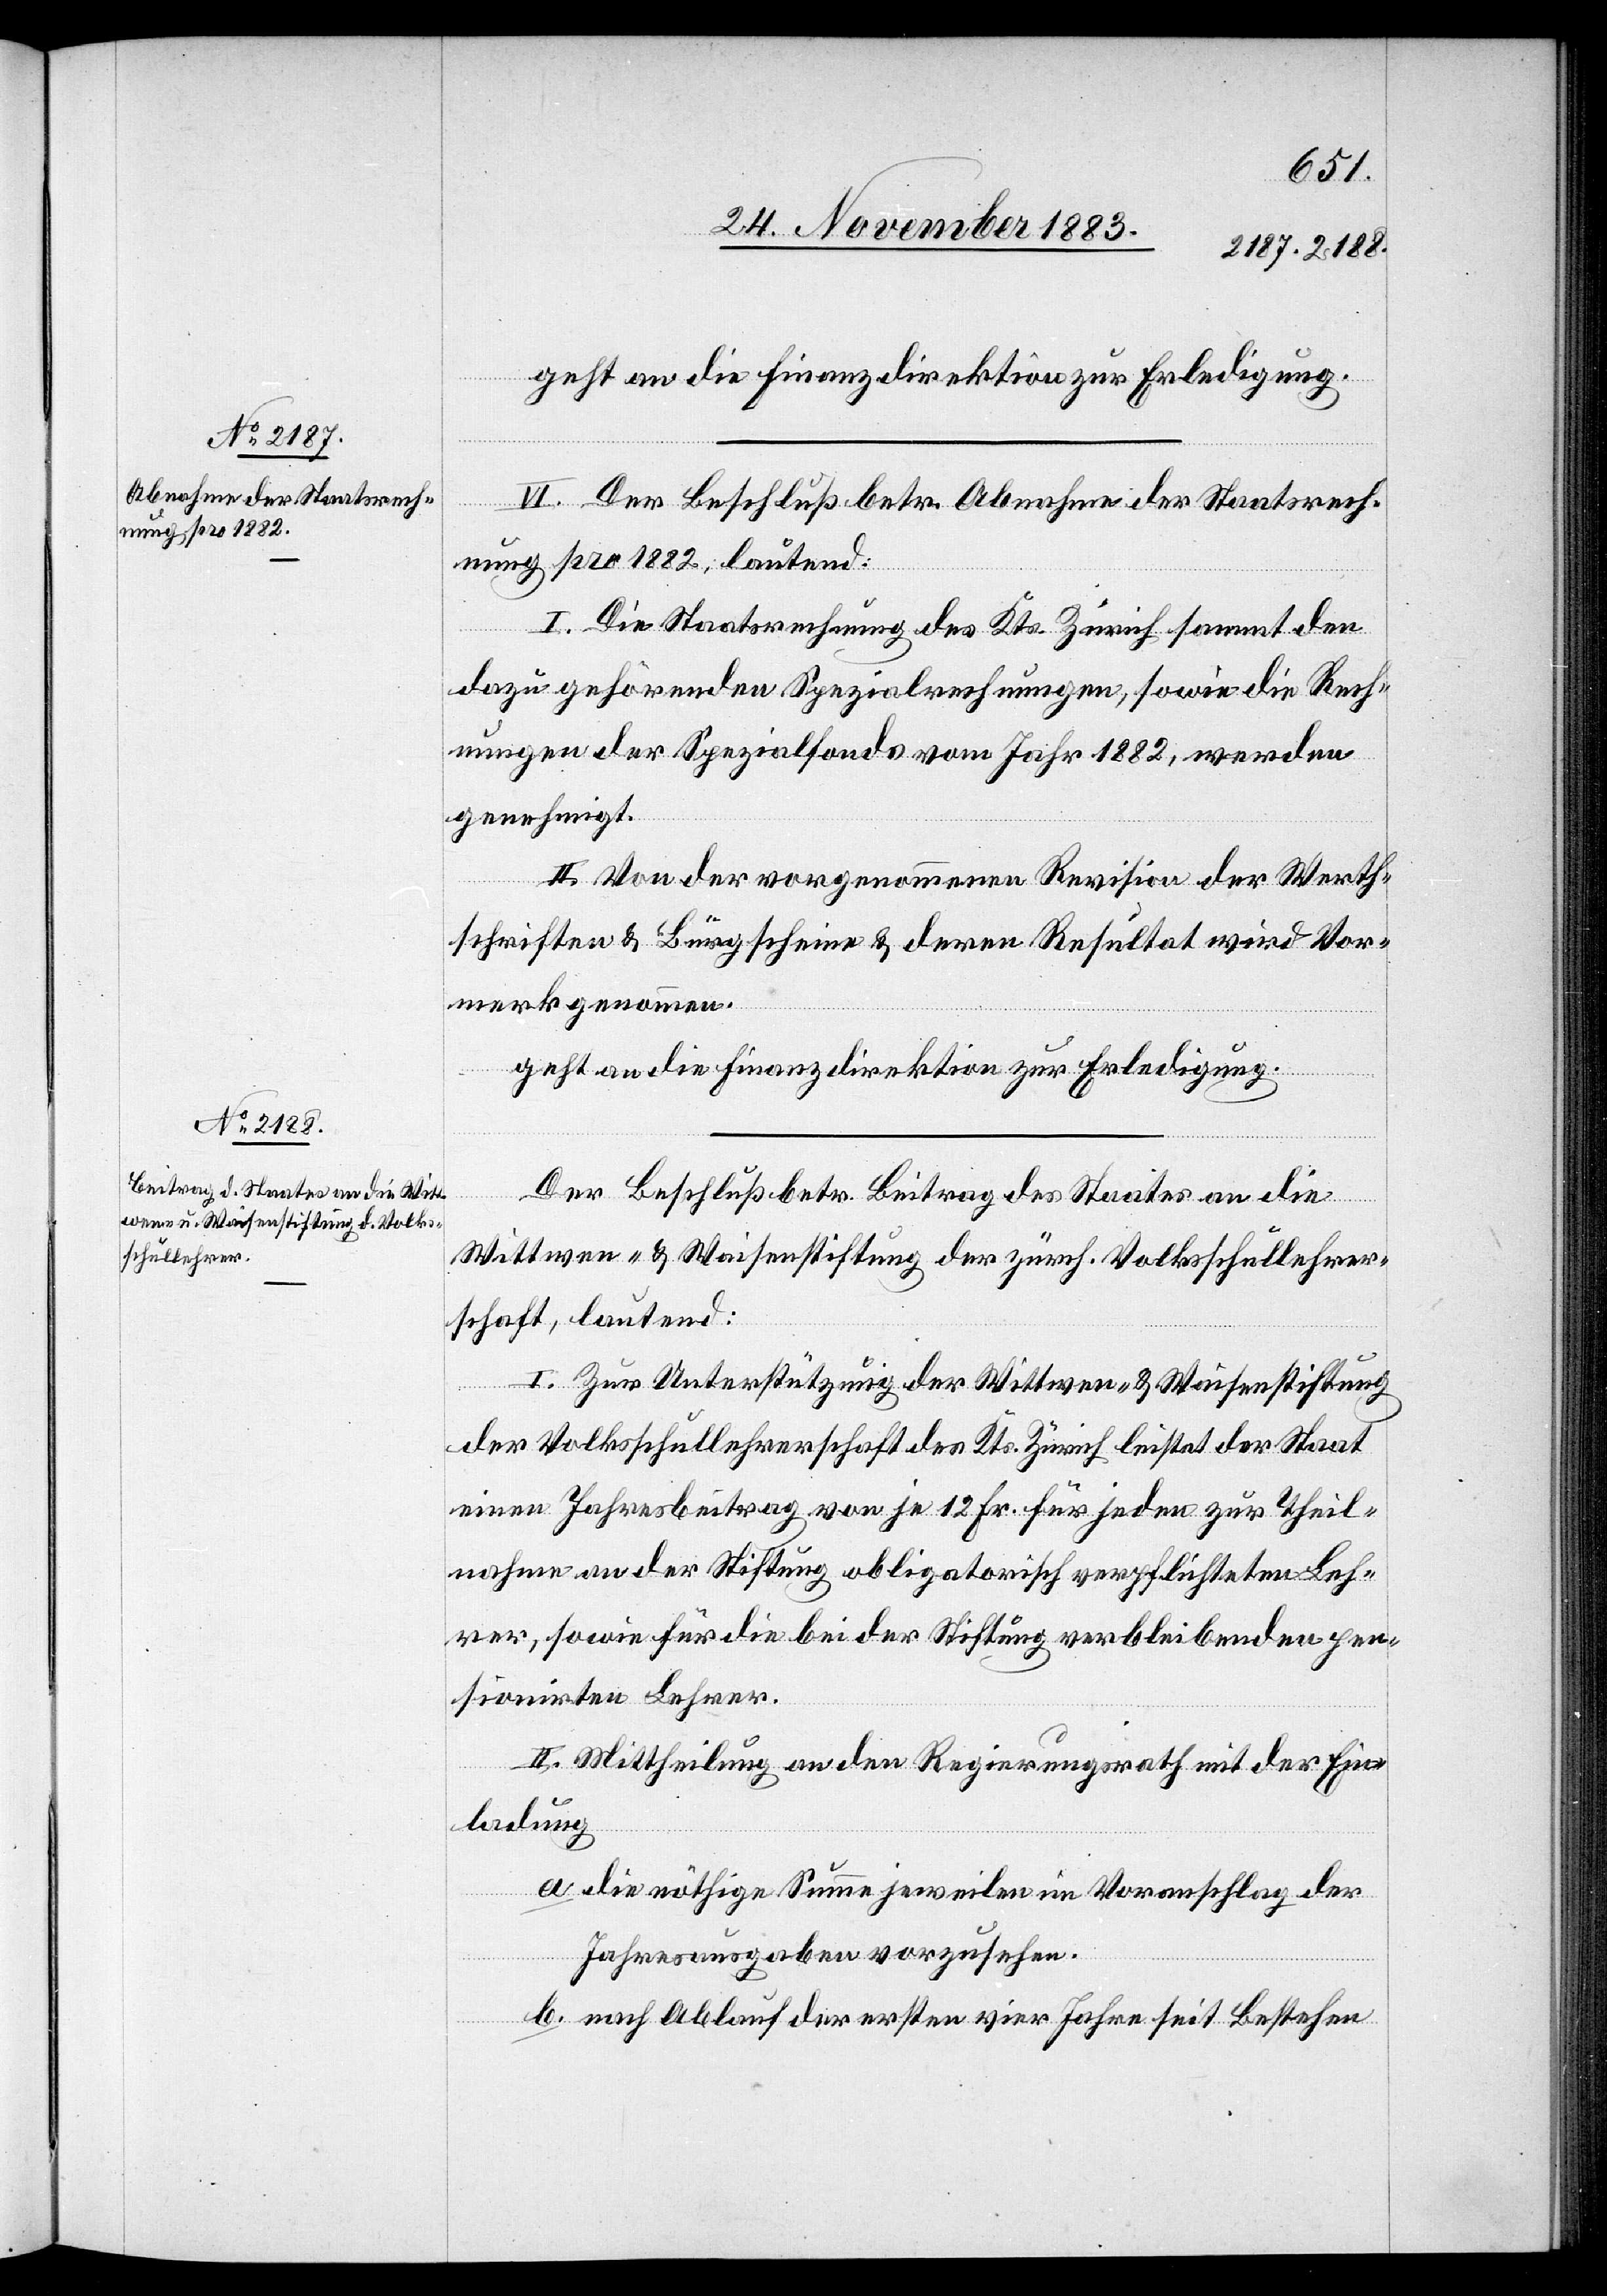
geht an die Finanzdirektion zur Erledigung.
etzung
VI. Der Beschluß betr. Abnahme der Staatsrech¬
nung pro 1882, lautend:
I. Die Staatsrechnung des Kts. Zürich sammt den
dazu gehörenden Spezialrechnungen, sowie die Rech¬
nungen der Spezialfonds vom Jahr 1882, werden
genehmigt.
II. Von der vorgenommenen Revision der Werth¬
schriften & Bürgscheine & deren Resultat wird Vor¬
merk genommen.
geht an die Finanzdirektion zur Erledigung.
Der Beschluß betr. Beitrag des Staates an die
Wittwen- & Waisenstiftung der zürch. Volksschullehrer¬
schaft, lautend:
I. Zur Unterstützung der Wittwen- & Waisenstiftung
der Volksschullehrerschaft des Kts. Zürich leistet der Staat
einen Jahresbeitrag von je 12. Fr. für jeden zur Theil¬
nahme an der Stiftung obligatorisch verpflichteten Leh¬
rer, sowie für die bei der Stiftung verbleibenden pen¬
sionirten Lehrer.
II. Mittheilung an den Regierungsrath mit der Ein¬
ladung
a. die nöthige Summe jeweilen im Voranschlag der
Jahresausgaben vorzusehen.
b. nach Ablauf der ersten vier Jahre seit Bestehen